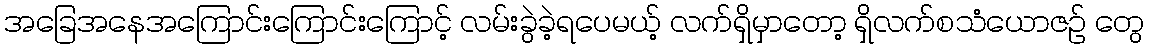
အခြေအနေအကြောင်းကြောင်းကြောင့် လမ်းခွဲခဲ့ရပေမယ့် လက်ရှိမှာတော့ ရှိလက်စသံယောဇဉ် တွေ